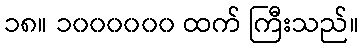
၁၈။ ၁၀၀၀၀၀၀ ထက် ကြီးသည်။